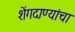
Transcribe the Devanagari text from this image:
शेंगदाण्यांचा